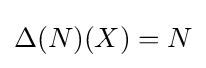
\Delta (N)(X)=N